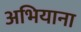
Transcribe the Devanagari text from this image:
अभियाना